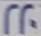
220